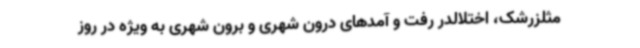
مثلزرشک، اختلالدر رفت و آمدهای درون شهری و برون شهری به ویژه در روز